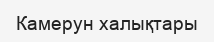
Камерун халықтары